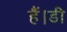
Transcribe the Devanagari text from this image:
हैं।डी